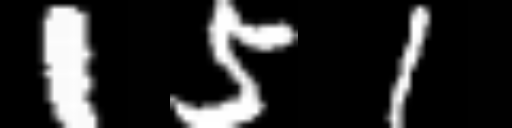
Text: 151